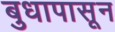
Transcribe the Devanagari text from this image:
बुधापासून